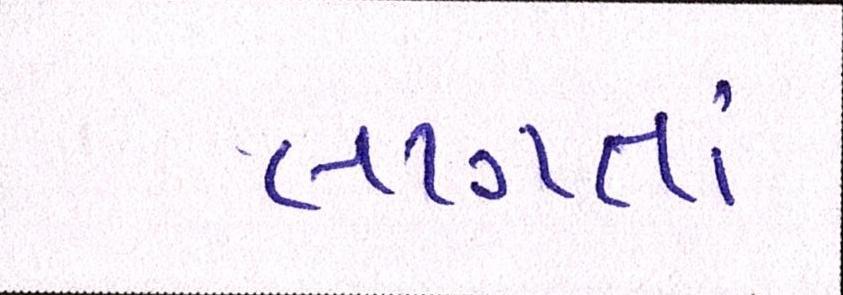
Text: લાગતાં